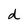
Character: d